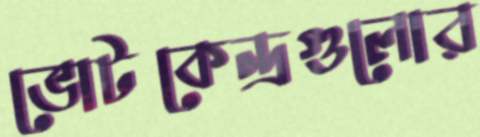
ভোটকেন্দ্রগুলোর